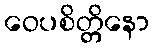
ဝေပစိတ္တိနော